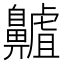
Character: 齇